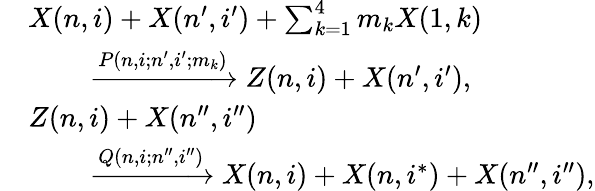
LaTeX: \begin{array}{rl}&{X(n,i)+X(n^{\prime},i^{\prime})+\sum_{k=1}^{4}m_{k}X(1,k)}\\ &{~~~~~~~~\xrightarrow{P(n,i;n^{\prime},i^{\prime};m_{k})}Z(n,i)+X(n^{\prime},i^{\prime}),}\\ &{Z(n,i)+X(n^{\prime\prime},i^{\prime\prime})}\\ &{~~~~~~~~\xrightarrow{Q(n,i;n^{\prime\prime},i^{\prime\prime})}X(n,i)+X(n,i^{*})+X(n^{\prime\prime},i^{\prime\prime}),}\end{array}